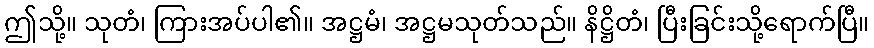
ဤသို့။ သုတံ၊ ကြားအပ်ပါ၏။ အဋ္ဌမံ၊ အဋ္ဌမသုတ်သည်။ နိဋ္ဌိတံ၊ ပြီးခြင်းသို့ရောက်ပြီ။